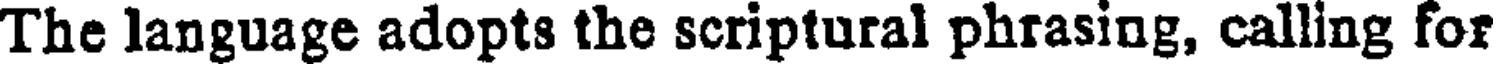
The language adopts the scriptural phrasing, calling for